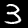
Digit: 3